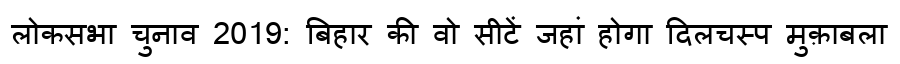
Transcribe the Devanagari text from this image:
लोकसभा चुनाव 2019: बिहार की वो सीटें जहां होगा दिलचस्प मुक़ाबला